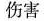
伤害